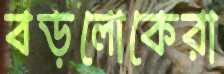
বড়লোকেরা